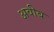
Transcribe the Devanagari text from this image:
अवीब